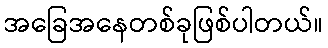
အခြေအနေတစ်ခုဖြစ်ပါတယ်။